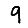
Digit: 9